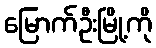
မြောက်ဦးမြို့ကို